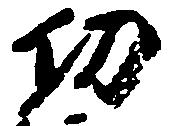
功